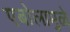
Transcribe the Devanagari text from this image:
एबोलामुळे